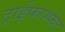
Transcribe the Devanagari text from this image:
ट्राईफास्फेट